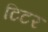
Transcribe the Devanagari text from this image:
टिटर